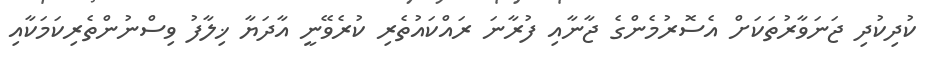
ކުދިކުދި ޖަނަވާރުތަކަށް އެސޮރުމެންގެ ޖާނާއި ފުރާނަ ރައްކައުތެރި ކުރެވޭނީ އާދަޔާ ޚިލާފު ވިސްނުންތެރިކަމަކާއި